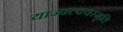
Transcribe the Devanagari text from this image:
याज्‍वल्क्यस्मृति